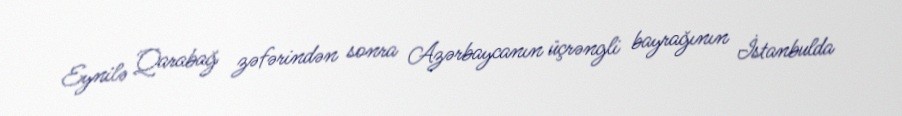
Eynilə Qarabağ zəfərindən sonra Azərbaycanın üçrəngli bayrağının İstanbulda